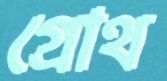
গ্রোথ